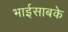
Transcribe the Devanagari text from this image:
भाईसाबके